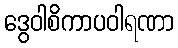
ဒွေဝါစိကာပဝါရဏာ